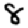
Digit: 8